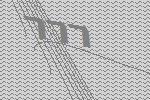
777